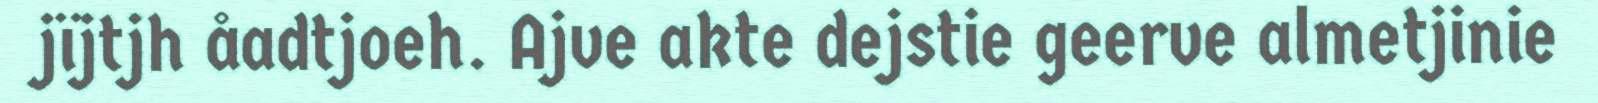
jïjtjh åadtjoeh. Ajve akte dejstie geerve almetjinie